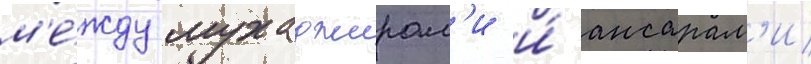
м'е́жду мухаджирам'и и́ ансарам'и